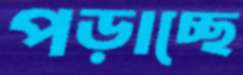
পড়াচ্ছে